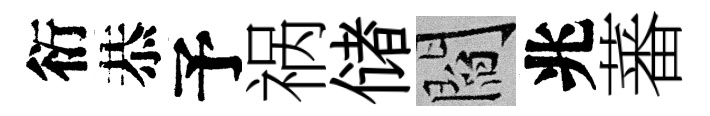
衍恭予祸储閻兆蕃